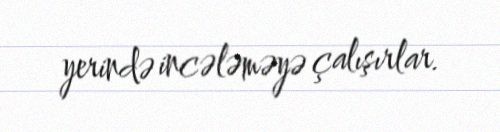
yerində incələməyə çalışırlar.